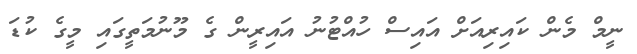
ނީމް މެން ކައިރިއަށް އައިސް ހުއްޓުނު އައިރީން ގެ މޫނުމަތީގައި މީގެ ކުޑަ